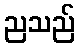
ညသည်